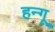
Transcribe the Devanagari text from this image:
हन्गू